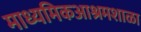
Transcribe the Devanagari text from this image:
माध्यमिकआश्रमशाळा